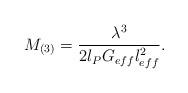
LaTeX: \begin{align*}M_{(3)}=\frac{\lambda^3}{2l_P G_{eff}l_{eff}^2}.\end{align*}